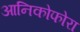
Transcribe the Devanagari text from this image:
आनिकोफोरा